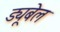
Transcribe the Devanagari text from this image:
ड्यूबेल